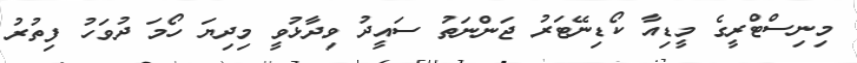
މިނިސްޓްރީގެ މީޑިއާ ކޯޑިނޭޓަރު ޖަންނަތު ސައީދު ވިދާޅުވީ މިދިޔަ ހޯމަ ދުވަހު ފިތުރު